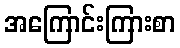
အကြောင်းကြားစာ